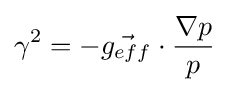
\gamma ^{2}=-{\vec {g_{eff}}}\cdot {\frac {\nabla p}{p}}